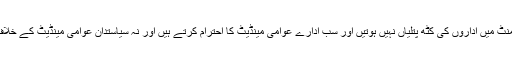
ان کے فیصلے عوامی مینڈیٹ پر ہوتے ہیں ان کے پارلیمنٹ میں اداروں کی کٹھ پتلیاں نہیں ہوتیں اور سب ادارے عوامی مینڈیٹ کا احترام کرتے ہیں اور نہ سیاستدان عوامی مینڈیٹ کے خلاف دھرنے دیا کرتے ہیں کہ جس کا فائدہ کسی اور کو ہو۔